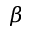
\protect \beta